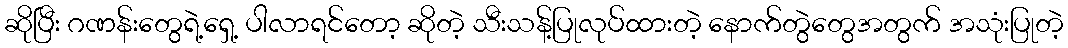
ဆိုပြီး ဂဏန်းတွေရဲ့ရှေ့ ပါလာရင်တော့ ဆိုတဲ့ သီးသန့်ပြုလုပ်ထားတဲ့ နောက်တွဲတွေအတွက် အသုံးပြုတဲ့